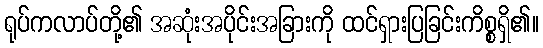
ရုပ်ကလာပ်တို့၏ အဆုံးအပိုင်းအခြားကို ထင်ရှားပြခြင်းကိစ္စရှိ၏။